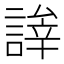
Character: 𬢹